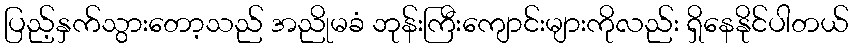
ပြည့်နှက်သွားတော့သည် အညိုမခံ ဘုန်းကြီးကျောင်းများကိုလည်း ရှိနေနိုင်ပါတယ်